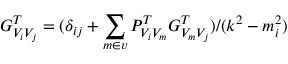
G _ { V _ { i } V _ { j } } ^ { T } = ( \delta _ { i j } + \sum _ { m \in v } P _ { V _ { i } V _ { m } } ^ { T } G _ { V _ { m } V _ { j } } ^ { T } ) / ( k ^ { 2 } - m _ { i } ^ { 2 } )